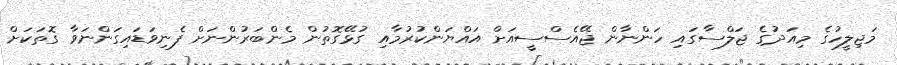
މަޖިލީހުގެ މިއަދުގެ ޖަލްސާގައި ހަންނާން ޖޭއެސްސީއަށް އައްޔަންކުރުމާއި ގުޅޭގޮތުން މެންބަރުންނަށް ފެނިވަޑައިގަންނަވާ ގޮތަކަށް